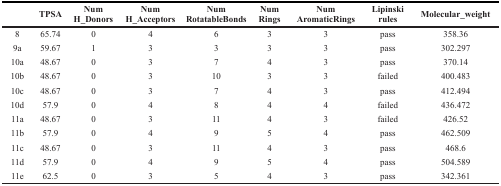
<table><thead><tr><td></td><td><b>TPSA</b></td><td><b>Num H_Donors</b></td><td><b>Num H_Acceptors</b></td><td><b>Num RotatableBonds</b></td><td><b>Num Rings</b></td><td><b>Num AromaticRings</b></td><td><b>Lipinski rules</b></td><td><b>Molecular_weight</b></td></tr></thead><tbody><tr><td>8</td><td>65.74</td><td>0</td><td>4</td><td>6</td><td>3</td><td>3</td><td>pass</td><td>358.36</td></tr><tr><td>9a</td><td>59.67</td><td>1</td><td>3</td><td>3</td><td>3</td><td>3</td><td>pass</td><td>302.297</td></tr><tr><td>10a</td><td>48.67</td><td>0</td><td>3</td><td>7</td><td>4</td><td>3</td><td>pass</td><td>370.14</td></tr><tr><td>10b</td><td>48.67</td><td>0</td><td>3</td><td>10</td><td>3</td><td>3</td><td>failed</td><td>400.483</td></tr><tr><td>10c</td><td>48.67</td><td>0</td><td>3</td><td>7</td><td>4</td><td>3</td><td>pass</td><td>412.494</td></tr><tr><td>10d</td><td>57.9</td><td>0</td><td>4</td><td>8</td><td>4</td><td>4</td><td>failed</td><td>436.472</td></tr><tr><td>11a</td><td>48.67</td><td>0</td><td>3</td><td>11</td><td>4</td><td>3</td><td>failed</td><td>426.52</td></tr><tr><td>11b</td><td>57.9</td><td>0</td><td>4</td><td>9</td><td>5</td><td>4</td><td>pass</td><td>462.509</td></tr><tr><td>11c</td><td>48.67</td><td>0</td><td>3</td><td>11</td><td>4</td><td>3</td><td>pass</td><td>468.6</td></tr><tr><td>11d</td><td>57.9</td><td>0</td><td>4</td><td>9</td><td>5</td><td>4</td><td>pass</td><td>504.589</td></tr><tr><td>11e</td><td>62.5</td><td>0</td><td>3</td><td>5</td><td>4</td><td>3</td><td>pass</td><td>342.361</td></tr></tbody></table>